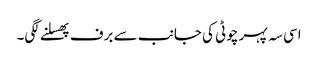
اسی سہ پہر چوٹی کی جانب سے برف پھسلنے لگی۔